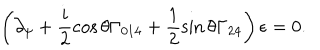
\left( \partial _ { \psi } + \frac { i } { 2 } \cos \theta \Gamma _ { 0 1 4 } + \frac { 1 } { 2 } \sin \theta \Gamma _ { 2 4 } \right) \epsilon = 0 .